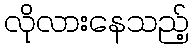
လိုလားနေသည့်